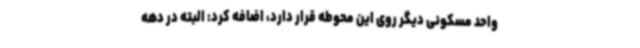
واحد مسکونی دیگر روی این محوطه قرار دارد، اضافه کرد: البته در دهه